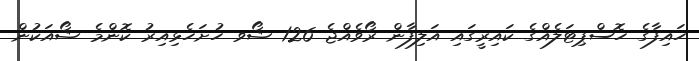
ހައިފާގެ ހޮސްޕިޓަލެއްގެ ކައިރީގައި އަލިފާން ރޯވެއްޖެ 126 ޝޯވ ހުށަހެޅިއިރު ކޮންމެ ޝޯއަކުން